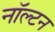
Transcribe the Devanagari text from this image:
नॉल्टन